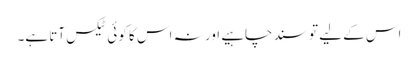
اس کے لیے تو سند چاہیے اور نہ اس کا کوئی ٹیکس آتا ہے۔